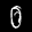
Label: 0